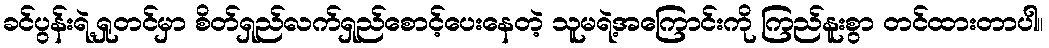
ခင်ပွန်းရဲ့ရှုတင်မှာ စိတ်ရှည်လက်ရှည်စောင့်ပေးနေတဲ့ သူမရဲ့အကြောင်းကို ကြည်နူးစွာ တင်ထားတာပါ။